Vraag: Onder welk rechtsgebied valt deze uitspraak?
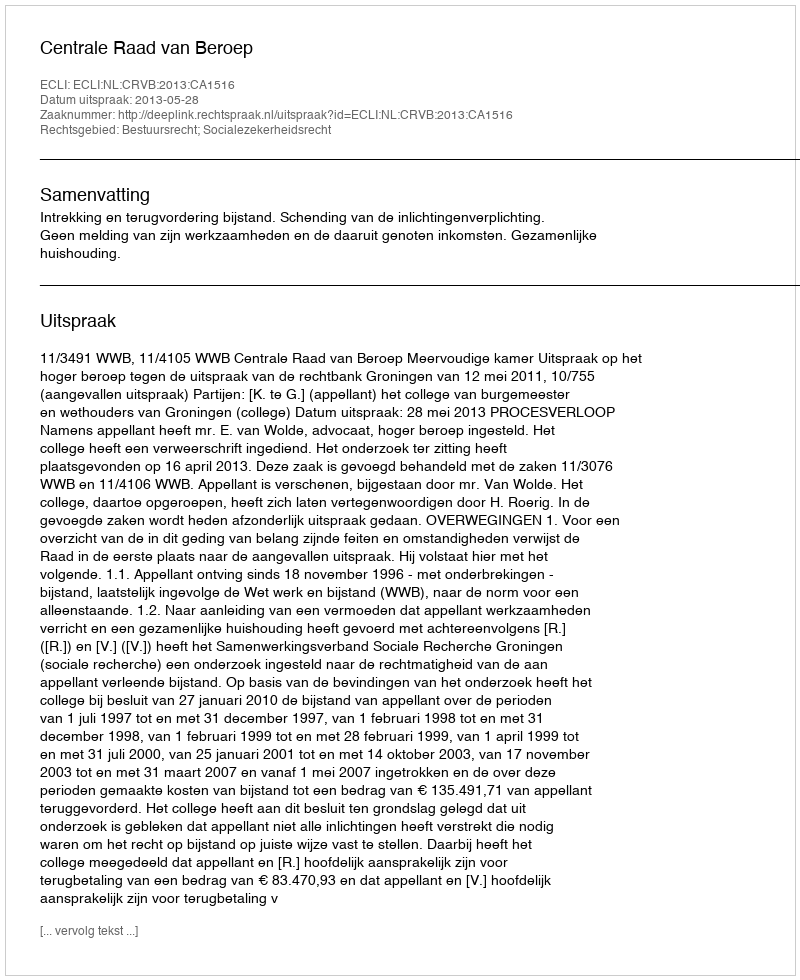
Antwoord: Bestuursrecht; Socialezekerheidsrecht